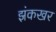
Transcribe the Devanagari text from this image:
झंकखर